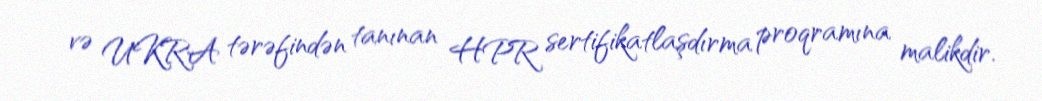
və UKRA tərəfindən tanınan HPR sertifikatlaşdırma proqramına malikdir.